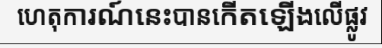
ហេតុការណ៍នេះបានកើតឡើងលើផ្លូវ